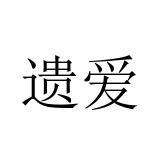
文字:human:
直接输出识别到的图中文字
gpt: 遗爱